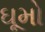
ઘૂમો